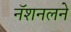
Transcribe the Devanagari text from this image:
नॅशनलने